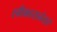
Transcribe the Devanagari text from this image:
स्वीकारानंतर